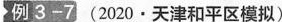
例3-7(2020·天津和平区模拟)